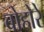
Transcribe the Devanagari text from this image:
बोहोरे